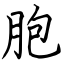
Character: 胞